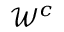
\mathcal { W } ^ { c }